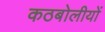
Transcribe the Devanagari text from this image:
कठबोलीयों